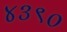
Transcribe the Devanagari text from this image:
४३९०